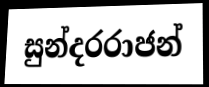
සුන්දරරාජන්